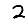
Digit: 2